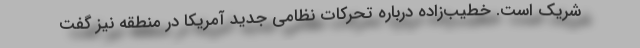
شریک است. خطیب‌زاده درباره تحرکات نظامی جدید آمریکا در منطقه نیز گفت